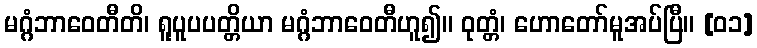
မဂ္ဂံဘာဝေတီတိ၊ ရူပူပပတ္တိယာ မဂ္ဂံဘာဝေတီဟူ၍။ ဝုတ္တံ၊ ဟောတော်မူအပ်ပြီ။ [၀၁]